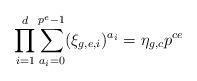
LaTeX: \begin{align*}\prod_{i=1}^d\sum_{a_i=0}^{p^e-1}(\xi_{g,e,i})^{a_i}=\eta_{g,c}p^{ce}\end{align*}